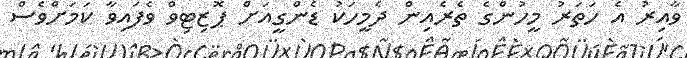
ވާއިރު އެ ހަތަރު މީހުންގެ ތެރެއިން ދެމީހަކު ޑެންގީއަށް ޕޮޒިޓިވް ވެފައިވާ ކަމަށްވެސް